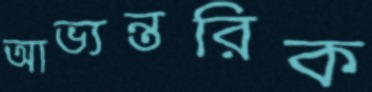
আভ্যন্তরিক